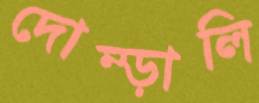
দোম্‌ড়ালি